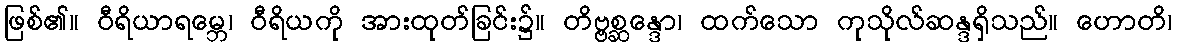
ဖြစ်၏။ ဝီရိယာရမ္ဘေ၊ ဝီရိယကို အားထုတ်ခြင်း၌။ တိဗ္ဗစ္ဆန္ဒော၊ ထက်သော ကုသိုလ်ဆန္ဒရှိသည်။ ဟောတိ၊